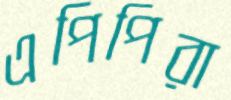
এপিপিরা